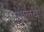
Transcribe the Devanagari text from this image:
सालये